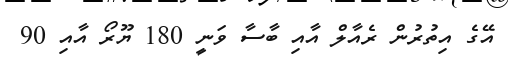
އޭގެ އިތުރުން ރެއާލް އާއި ބާސާ ވަނީ 180 ޔޫރޯ އާއި 90